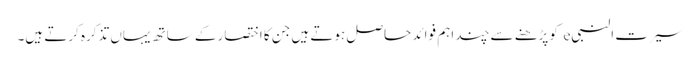
سیرت النبیe کو پڑھنے سے چند اہم فوائد حاصل ہوتے ہیں جن کا اختصار کے ساتھ یہاں تذکرہ کرتے ہیں۔